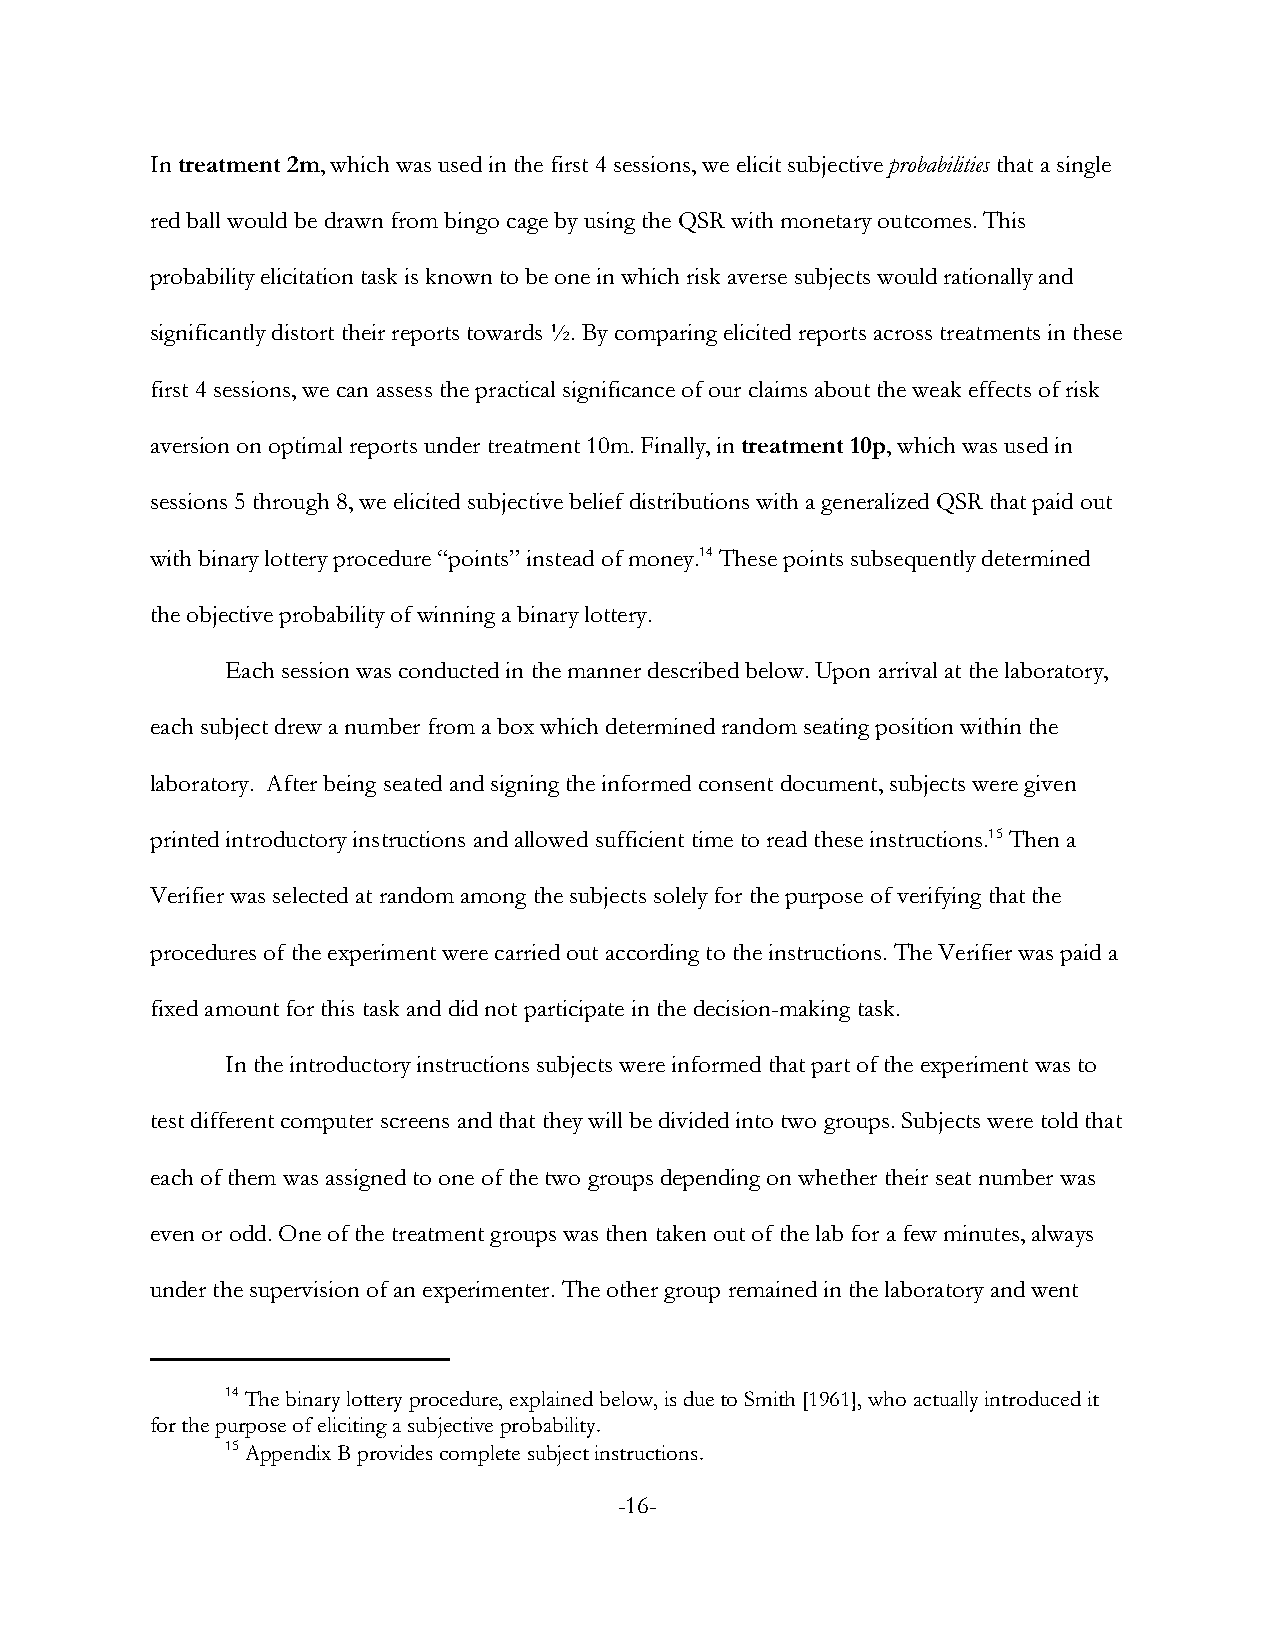
In treatment 2m, which was used in the first 4 sessions, we elicit subjective probabilities that a single
 red ball would be drawn from bingo cage by using the QSR with monetary outcomes. This
 probability elicitation task is known to be one in which risk averse subjects would rationally and
 significantly distort their reports towards ½. By comparing elicited reports across treatments in these
 first 4 sessions, we can assess the practical significance of our claims about the weak effects of risk
 aversion on optimal reports under treatment 10m. Finally, in treatment 10p, which was used in
 sessions 5 through 8, we elicited subjective belief distributions with a generalized QSR that paid out
 with binary lottery procedure “points” instead of money.14 These points subsequently determined
 the objective probability of winning a binary lottery.
 Each session was conducted in the manner described below. Upon arrival at the laboratory,
 each subject drew a number from a box which determined random seating position within the
 laboratory. After being seated and signing the informed consent document, subjects were given
 printed introductory instructions and allowed sufficient time to read these instructions.15 Then a
 Verifier was selected at random among the subjects solely for the purpose of verifying that the
 procedures of the experiment were carried out according to the instructions. The Verifier was paid a
 fixed amount for this task and did not participate in the decision-making task.
 In the introductory instructions subjects were informed that part of the experiment was to
 test different computer screens and that they will be divided into two groups. Subjects were told that
 each of them was assigned to one of the two groups depending on whether their seat number was
 even or odd. One of the treatment groups was then taken out of the lab for a few minutes, always
 under the supervision of an experimenter. The other group remained in the laboratory and went
 14 The binary lottery procedure, explained below, is due to Smith [1961], who actually introduced it
 for the purpose of eliciting a subjective probability.
 15 Appendix B provides complete subject instructions.
 -16-